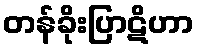
တန်ခိုးပြာဋိဟာ